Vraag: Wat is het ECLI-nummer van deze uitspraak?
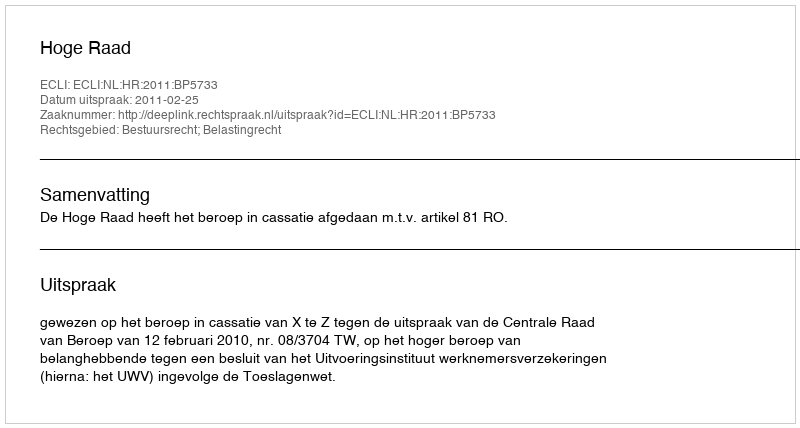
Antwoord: ECLI:NL:HR:2011:BP5733